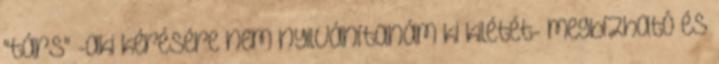
"társ" -aki kérésére nem nyilvánítanám ki kilétét- megbízható és